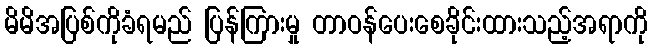
မိမိအပြစ်ကိုခံရမည် ပြန်ကြားမှု တာဝန်ပေးစေခိုင်းထားသည့်အရာကို